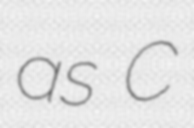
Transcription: as C